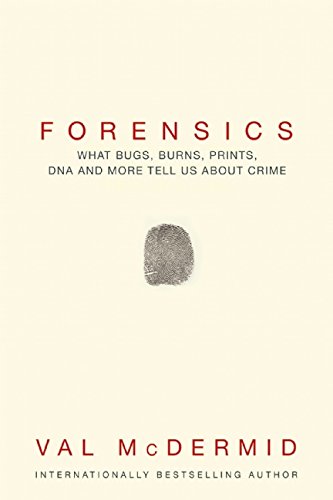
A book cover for Forensics: What Bugs, Burns, Prints, DNA and More Tell Us About Crime; Val McDermid; Medical Books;